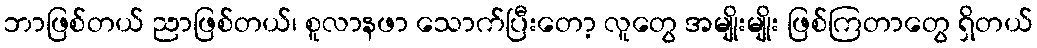
ဘာဖြစ်တယ် ညာဖြစ်တယ်၊ စူလာနဖာ သောက်ပြီးတော့ လူတွေ အမျိုးမျိုး ဖြစ်ကြတာတွေ ရှိတယ်